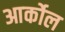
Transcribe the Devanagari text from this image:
आर्कोल